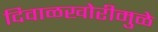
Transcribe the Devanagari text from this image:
दिवाळखोरीमुळे